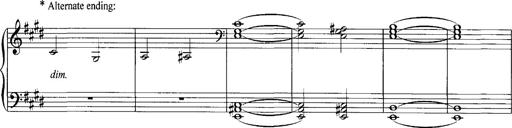
Title: Schlaflos! Frage und Antwort
Composer: Franz Liszt